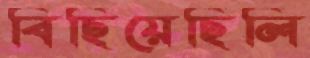
বিছিয়েছিলি